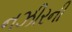
નઝીરની